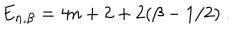
LaTeX: E _ { n , \beta } = 4 n + 2 + 2 ( \beta - 1 / 2 ) ~ .